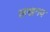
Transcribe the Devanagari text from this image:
लखनव